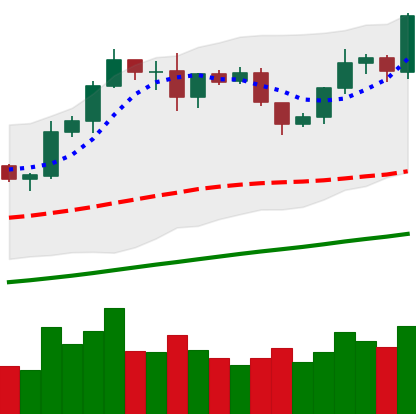
Ticker: LTC-USD
Chart end date: 2019-06-10
Forward return: 7.016%
Label: up_7plus